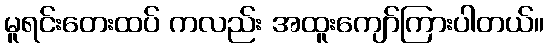
မူရင်းတေးထပ် ကလည်း အထူးကျော်ကြားပါတယ်။